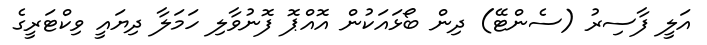
އަލީ ފާސިރު (ސެންޓޭ) ދިން ބޯޅައަކުން އޮއްޕޮ ފޮނުވާލި ހަމަލާ ދިޔައީ ވިކްޓަރީގެ